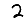
Digit: 2